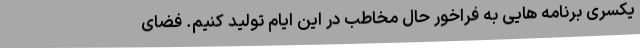
یکسری برنامه هایی به فراخور حال مخاطب در این ایام تولید کنیم. فضای